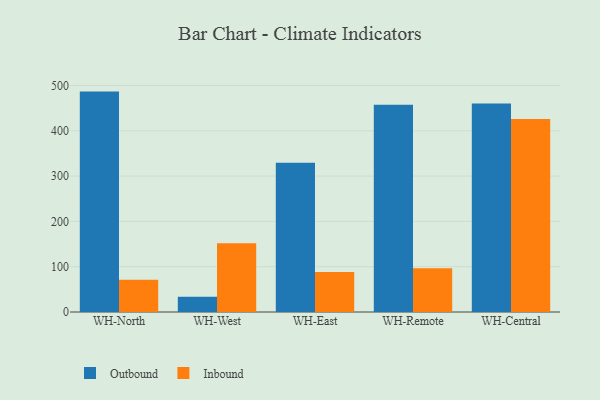
{"axis": {"x": "Warehouse", "y": "Temperature (°C)"}, "legend": ["Inbound", "Outbound"], "data": [{"x": "WH-North", "y": 486.5, "type": "Outbound"}, {"x": "WH-North", "y": 71.1, "type": "Inbound"}, {"x": "WH-West", "y": 33.5, "type": "Outbound"}, {"x": "WH-West", "y": 151.7, "type": "Inbound"}, {"x": "WH-East", "y": 329.6, "type": "Outbound"}, {"x": "WH-East", "y": 88.5, "type": "Inbound"}, {"x": "WH-Remote", "y": 457.5, "type": "Outbound"}, {"x": "WH-Remote", "y": 96.7, "type": "Inbound"}, {"x": "WH-Central", "y": 460.0, "type": "Outbound"}, {"x": "WH-Central", "y": 426.1, "type": "Inbound"}]}